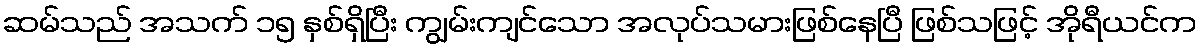
ဆမ်သည် အသက် ၁၅ နှစ်ရှိပြီး ကျွမ်းကျင်သော အလုပ်သမားဖြစ်နေပြီ ဖြစ်သဖြင့် အိုရီယင်က